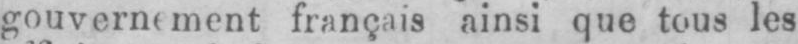
français ainsi que tous les